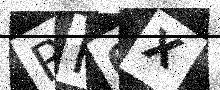
Text: RF0X